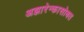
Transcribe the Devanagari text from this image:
अझारेन्कासोबत